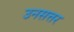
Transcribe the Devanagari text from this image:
उनसत्तर